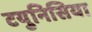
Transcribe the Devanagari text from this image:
टयुनिसिया